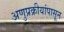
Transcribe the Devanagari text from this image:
अणुप्रक्रीयांपासून